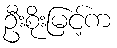
ဦးစိုးမြင့်က